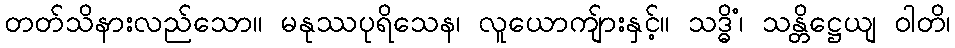
တတ်သိနားလည်သော။ မနုဿပုရိသေန၊ လူယောကျ်ားနှင့်။ သဒ္ဓိံ၊ သန္တိဋ္ဌေယျ ဝါတိ၊